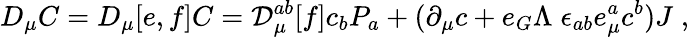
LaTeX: D_{\mu}C=D_{\mu}[e,f]C={\cal D}_{\mu}^{ab}[f]c_{b}P_{a}+(\partial_{\mu}c+e_{G}\Lambda\; \epsilon_{ab}e_{\mu}^{a}c^{b})J\; ,